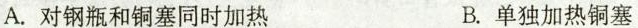
A.对钢瓶和铜塞同时加热 B.单独加热铜塞